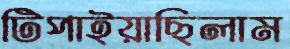
টিপাইয়াছিলাম